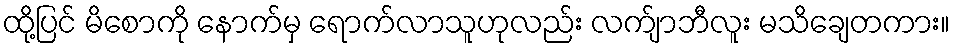
ထို့ပြင် မိစောကို နောက်မှ ရောက်လာသူဟုလည်း လက်ျာဘီလူး မသိချေတကား။